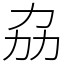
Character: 劦